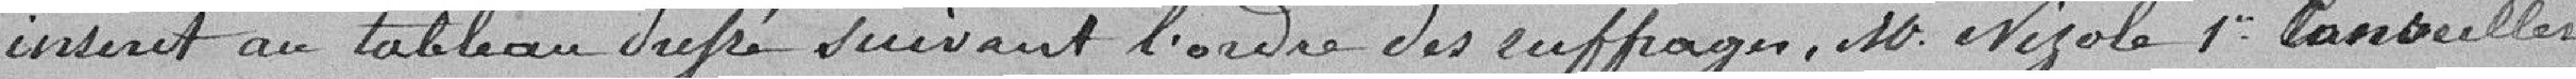
inscrit au tableau suivant l'ordre des suffrages, M. Wizole 1er Conseiller